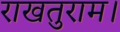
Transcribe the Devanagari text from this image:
राखतुराम।